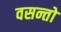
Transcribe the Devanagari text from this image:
वसन्तो